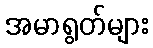
အမာရွတ်များ